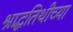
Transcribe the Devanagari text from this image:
श्राद्धतिथीच्या